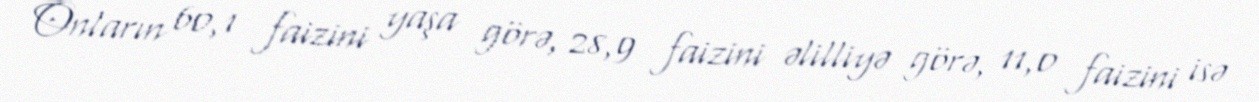
Onların 60,1 faizini yaşa görə, 28,9 faizini əlilliyə görə, 11,0 faizini isə